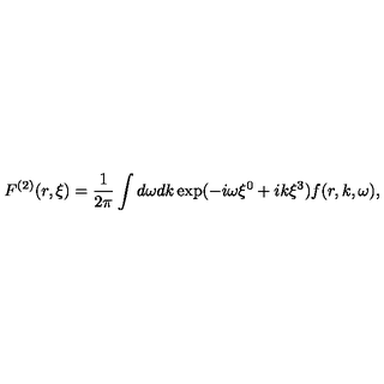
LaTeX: F ^ { ( 2 ) } ( r , \xi ) = \frac { 1 } { 2 \pi } \int d \omega d k \exp ( - i \omega \xi ^ { 0 } + i k \xi ^ { 3 } ) f ( r , k , \omega ) ,